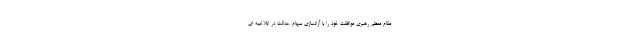
مقام معظم رهبری موافقت خود را با آزادسازی سهام عدالت در ابلاغیه ای